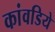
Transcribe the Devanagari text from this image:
कांवडिये